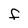
Character: f